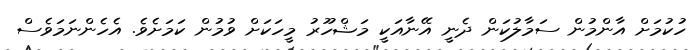
ހުކުމަށް އާންމުން ސަމާލުކަން ދެނީ އޭނާއަކީ މަޝްހޫރު މީހަކަށް ވުމުން ކަމަށެވެ. އެހެންނަމަވެސް